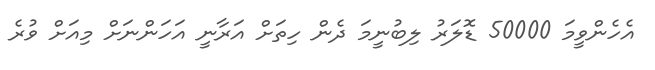
އެހެންވީމަ 50000 ޑޮލަރު ލިބުނީމަ ދެން ހިތަށް އަރާނީ އަހަންނަށް މިއަށް ވުރެ